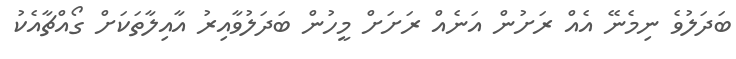
ބަދަލުވެ ނިމެނޭ އެއް ރަށުން އަނެއް ރަށަށް މީހުން ބަދަލުވާއިރު އާއިލާތަކަށް ގޯއްޗާއެކު